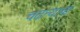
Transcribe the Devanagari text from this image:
चढन्याचा